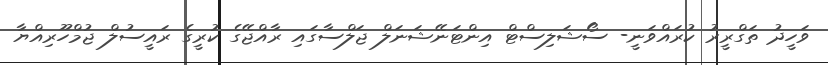
ވަހީދު ތަގްރީރު ކުރައްވަނީ- ސޯޝަލިސްޓް އިންޓަނޭޝަނަލް ޖަލްސާގައި ރާއްޖޭގެ ކުރީގެ ރައީސުލް ޖުމްހޫރިއްޔާ